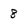
Character: 8